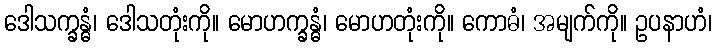
ဒေါသက္ခန္ဓံ၊ ဒေါသတုံးကို။ မောဟက္ခန္ဓံ၊ မောဟတုံးကို။ ကောဓံ၊ အမျက်ကို။ ဥပနာဟံ၊